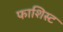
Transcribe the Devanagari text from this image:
फाशिस्ट